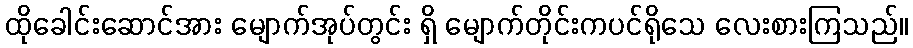
ထိုခေါင်းဆောင်အား မျောက်အုပ်တွင်း ရှိ မျောက်တိုင်းကပင်ရိုသေ လေးစားကြသည်။